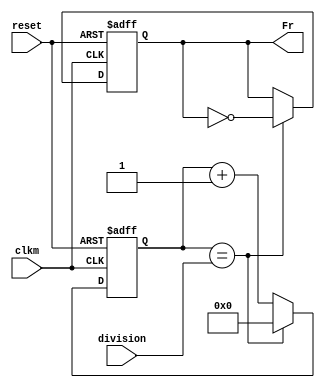
`timescale 1ns / 1ps
//////////////////////////////////////////////////////////////////////////////////
// Company: 
// Engineer: 
// 
// Design Name: 
// Module Name:    Divisordefrecuencia 
// Project Name: 
// Target Devices: 
// Tool versions: 
// Description: 
//
// Dependencies: 
//
// Revision: 
// Revision 0.01 - File Created
// Additional Comments: 
//
//////////////////////////////////////////////////////////////////////////////////
module Divisordefrecuencia(
    input wire clkm,
	 input wire reset,
    input wire [6:0] division,
    output reg Fr
    );
reg signed [6:0] frec;

	always@(posedge clkm, posedge reset) 
	if (reset)begin
		frec <=7'b0000000;
		Fr <=0; 
		end
	else 
		if (frec==division)begin
		frec<=7'b0000000;
		Fr <= ~ Fr;
		end
		else
		frec<=frec+ 7 'd1;
		
endmodule